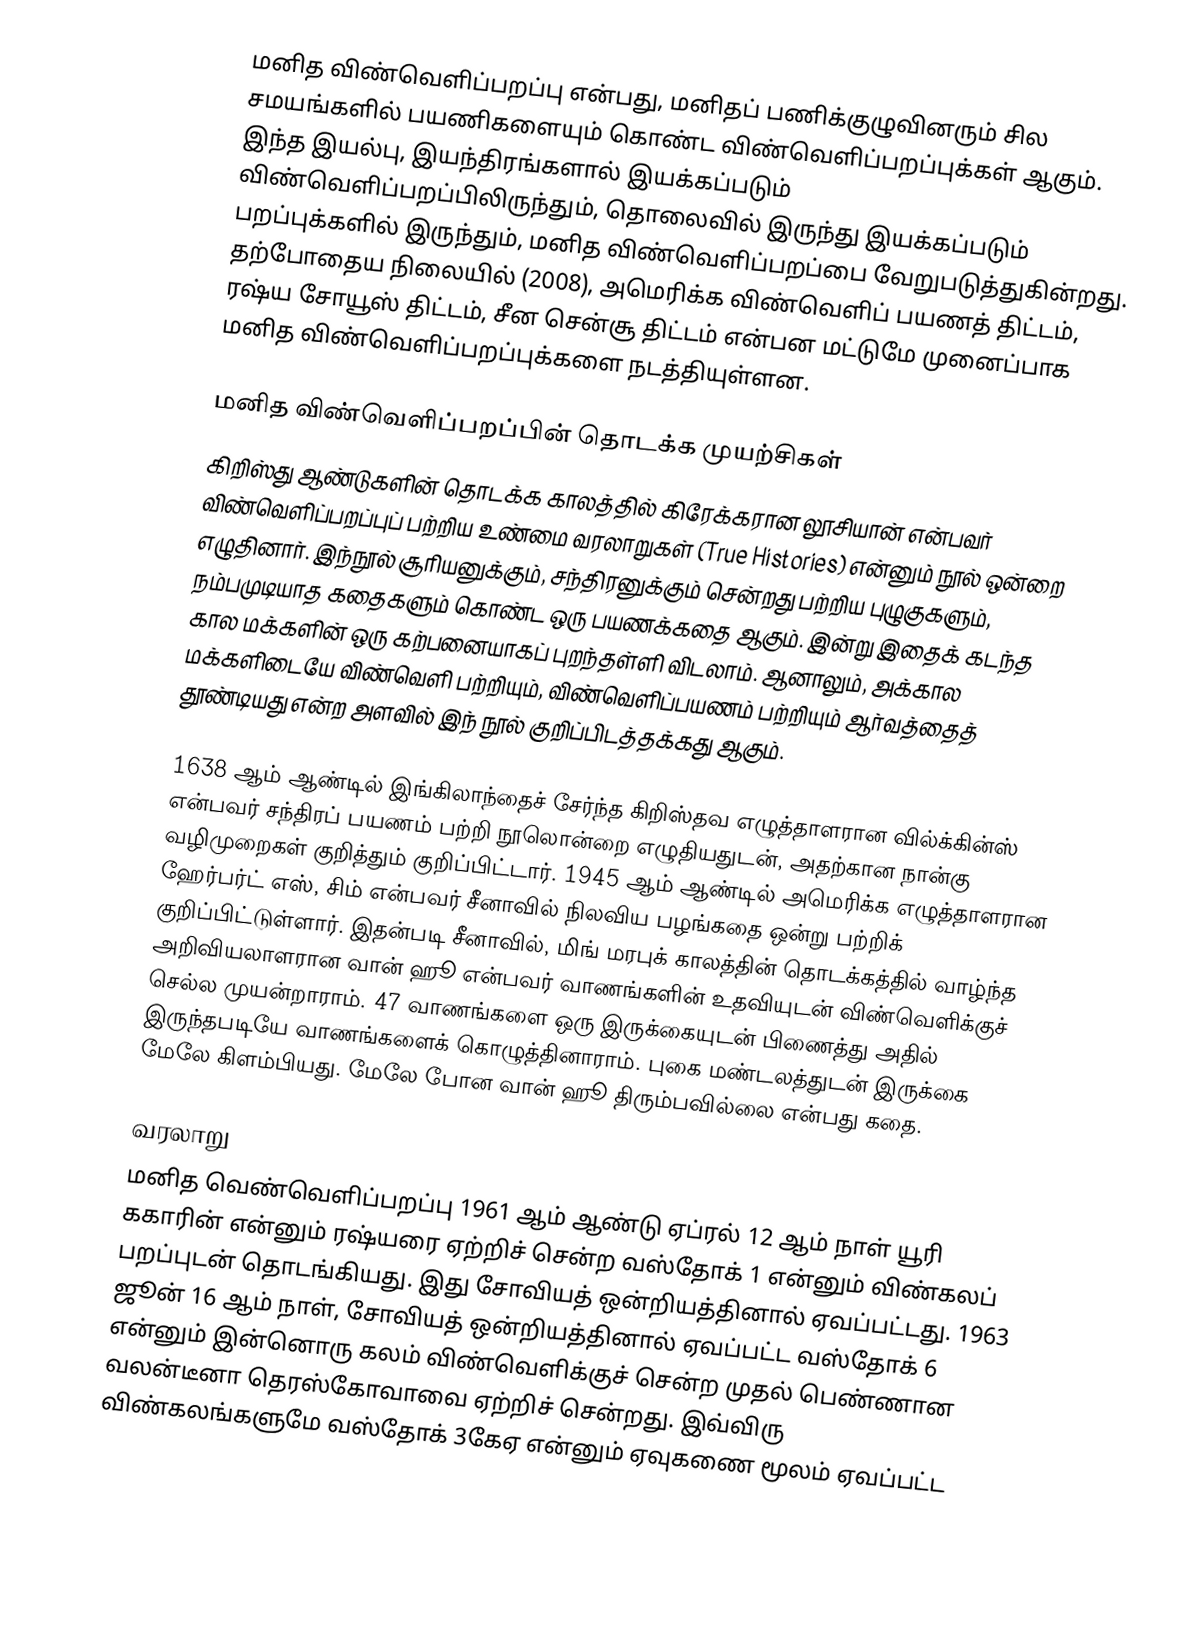
மனித விண்வெளிப்பறப்பு என்பது, மனிதப் பணிக்குழுவினரும் சில சமயங்களில் பயணிகளையும் கொண்ட விண்வெளிப்பறப்புக்கள் ஆகும். இந்த இயல்பு, இயந்திரங்களால் இயக்கப்படும் விண்வெளிப்பறப்பிலிருந்தும், தொலைவில் இருந்து இயக்கப்படும் பறப்புக்களில் இருந்தும், மனித விண்வெளிப்பறப்பை வேறுபடுத்துகின்றது. தற்போதைய நிலையில் (2008), அமெரிக்க விண்வெளிப் பயணத் திட்டம், ரஷ்ய சோயூஸ் திட்டம், சீன சென்சூ திட்டம் என்பன மட்டுமே முனைப்பாக மனித விண்வெளிப்பறப்புக்களை நடத்தியுள்ளன.

மனித விண்வெளிப்பறப்பின் தொடக்க முயற்சிகள்
கிறிஸ்து ஆண்டுகளின் தொடக்க காலத்தில் கிரேக்கரான லூசியான் என்பவர் விண்வெளிப்பறப்புப் பற்றிய உண்மை வரலாறுகள் (True Histories) என்னும் நூல் ஒன்றை எழுதினார். இந்நூல் சூரியனுக்கும், சந்திரனுக்கும் சென்றது பற்றிய புழுகுகளும், நம்பமுடியாத கதைகளும் கொண்ட ஒரு பயணக்கதை ஆகும். இன்று இதைக் கடந்த கால மக்களின் ஒரு கற்பனையாகப் புறந்தள்ளி விடலாம். ஆனாலும், அக்கால மக்களிடையே விண்வெளி பற்றியும், விண்வெளிப்பயணம் பற்றியும் ஆர்வத்தைத் தூண்டியது என்ற அளவில் இந் நூல் குறிப்பிடத்தக்கது ஆகும்.

1638 ஆம் ஆண்டில் இங்கிலாந்தைச் சேர்ந்த கிறிஸ்தவ எழுத்தாளரான வில்க்கின்ஸ் என்பவர் சந்திரப் பயணம் பற்றி நூலொன்றை எழுதியதுடன், அதற்கான நான்கு வழிமுறைகள் குறித்தும் குறிப்பிட்டார். 1945 ஆம் ஆண்டில் அமெரிக்க எழுத்தாளரான ஹேர்பர்ட் எஸ், சிம் என்பவர் சீனாவில் நிலவிய பழங்கதை ஒன்று பற்றிக் குறிப்பிட்டுள்ளார். இதன்படி சீனாவில், மிங் மரபுக் காலத்தின் தொடக்கத்தில் வாழ்ந்த அறிவியலாளரான வான் ஹூ என்பவர் வாணங்களின் உதவியுடன் விண்வெளிக்குச் செல்ல முயன்றாராம். 47 வாணங்களை ஒரு இருக்கையுடன் பிணைத்து அதில் இருந்தபடியே வாணங்களைக் கொழுத்தினாராம். புகை மண்டலத்துடன் இருக்கை மேலே கிளம்பியது. மேலே போன வான் ஹூ திரும்பவில்லை என்பது கதை.

வரலாறு
மனித வெண்வெளிப்பறப்பு 1961 ஆம் ஆண்டு ஏப்ரல் 12 ஆம் நாள் யூரி ககாரின் என்னும் ரஷ்யரை ஏற்றிச் சென்ற வஸ்தோக் 1 என்னும் விண்கலப் பறப்புடன் தொடங்கியது. இது சோவியத் ஒன்றியத்தினால் ஏவப்பட்டது. 1963 ஜூன் 16 ஆம் நாள், சோவியத் ஒன்றியத்தினால் ஏவப்பட்ட வஸ்தோக் 6 என்னும் இன்னொரு கலம் விண்வெளிக்குச் சென்ற முதல் பெண்ணான வலன்டீனா தெரஸ்கோவாவை ஏற்றிச் சென்றது. இவ்விரு விண்கலங்களுமே வஸ்தோக் 3கேஏ என்னும் ஏவுகணை மூலம் ஏவப்பட்ட